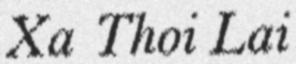
Xa Thoi Lai